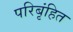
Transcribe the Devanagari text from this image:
परिबृंहित